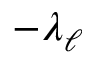
- \lambda _ { \ell }